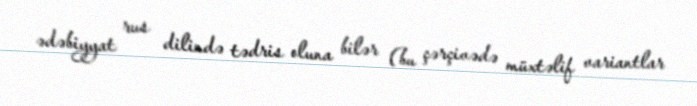
ədəbiyyat rus dilində tədris oluna bilər (bu çərçivədə müxtəlif variantlar